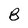
Character: B